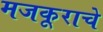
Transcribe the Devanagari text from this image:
मजकूराचे